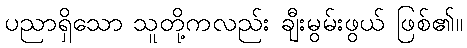
ပညာရှိသော သူတို့ကလည်း ချီးမွမ်းဖွယ် ဖြစ်၏။